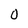
Character: 0